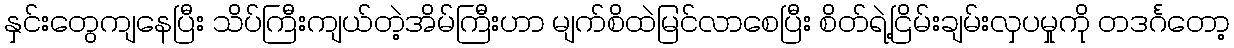
နှင်းတွေကျနေပြီး သိပ်ကြီးကျယ်တဲ့အိမ်ကြီးဟာ မျက်စိထဲမြင်လာစေပြီး စိတ်ရဲ့ငြိမ်းချမ်းလှပမှုကို တဒင်္ဂတော့